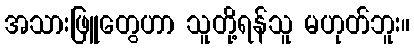
အသားဖြူတွေဟာ သူတို့ရန်သူ မဟုတ်ဘူး။